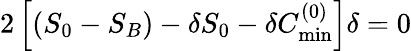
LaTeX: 2\left[(S_{0}-S_{B})-\delta S_{0}-\delta C_{\mathrm{min}}^{(0)}\right]\delta=0